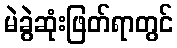
မဲခွဲဆုံးဖြတ်ရာတွင်